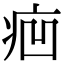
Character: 㾎